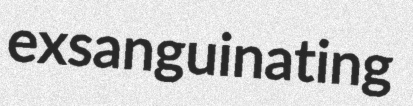
exsanguinating